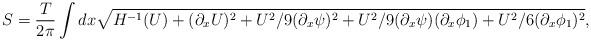
LaTeX: \begin{align*}S = \frac {T}{2 \pi} \int dx \sqrt{H^{-1}(U) + (\partial_x U)^2 + {U^2}/{9} (\partial_x \psi)^2 + {U^2}/{9} (\partial_x \psi) (\partial_x \phi_1) +{U^2}/{6} (\partial_x \phi_1)^2},\end{align*}